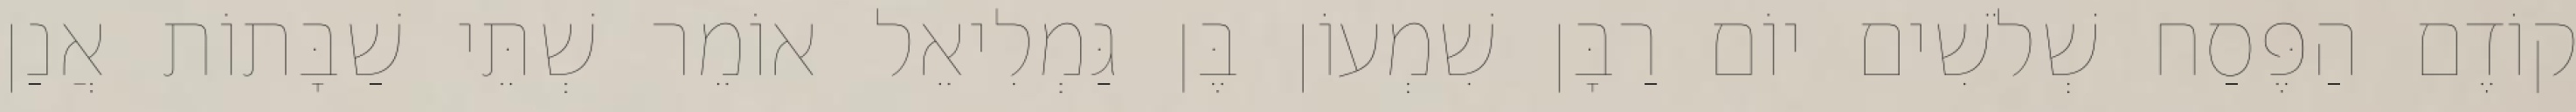
קוֹדֶם הַפֶּסַח שְׁלֹשִׁים יוֹם רַבָּן שִׁמְעוֹן בֶּן גַּמְלִיאֵל אוֹמֵר שְׁתֵּי שַׁבָּתוֹת אֲנַן